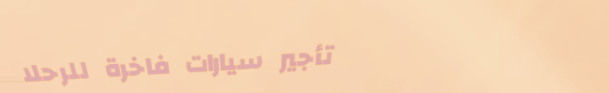
تأجير سيارات فاخرة للرحلا